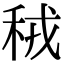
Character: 䄾